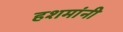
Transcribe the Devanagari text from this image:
हशमांनी